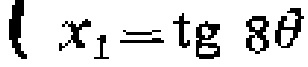
\(x_{1}=\operatorname{tg} 8\theta\)